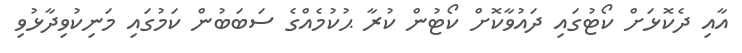
އާއި ދެކޮޅަށް ކޯޓުގައި ދައުވާކޮށް ކޯޓުން ކުރާ ޙުކުމެއްގެ ސަބަބުން ކަމުގައި މަނިކުވިދާޅުވި